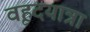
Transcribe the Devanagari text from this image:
वृहदयात्रा